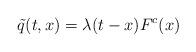
LaTeX: \begin{align*} \tilde{q}(t,x) = \lambda(t-x) F^c (x)\end{align*}